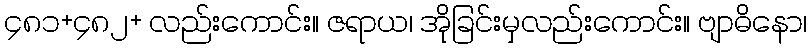
၄၈၁+၄၈၂+ လည်းကောင်း။ ဇရာယ၊ အိုခြင်းမှလည်းကောင်း။ ဗျာဓိနော၊